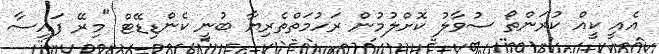
އެއީ ކީއް ކުރަންތޯ ސުވާލު ކޮށްލުމުން ރަހުމަތްތެރިޔާ ބުނީ ކެންޑިޑޭޓް "މިރޭ ފައިސާ